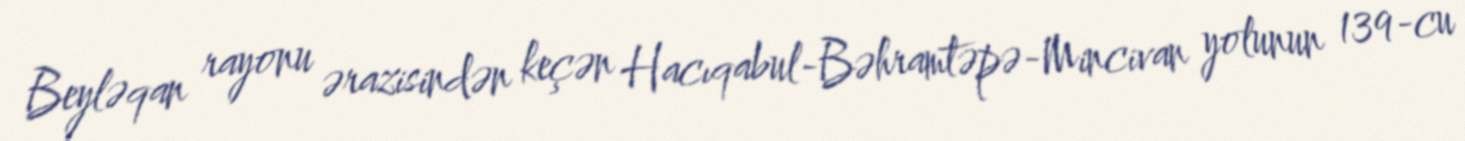
Beyləqan rayonu ərazisindən keçən Hacıqabul-Bəhramtəpə-Mincivan yolunun 139-cu